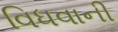
વિધવાની